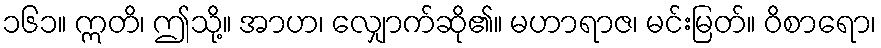
၁၆၁။ ဣတိ၊ ဤသို့။ အာဟ၊ လျှောက်ဆို၏။ မဟာရာဇ၊ မင်းမြတ်။ ဝိစာရော၊